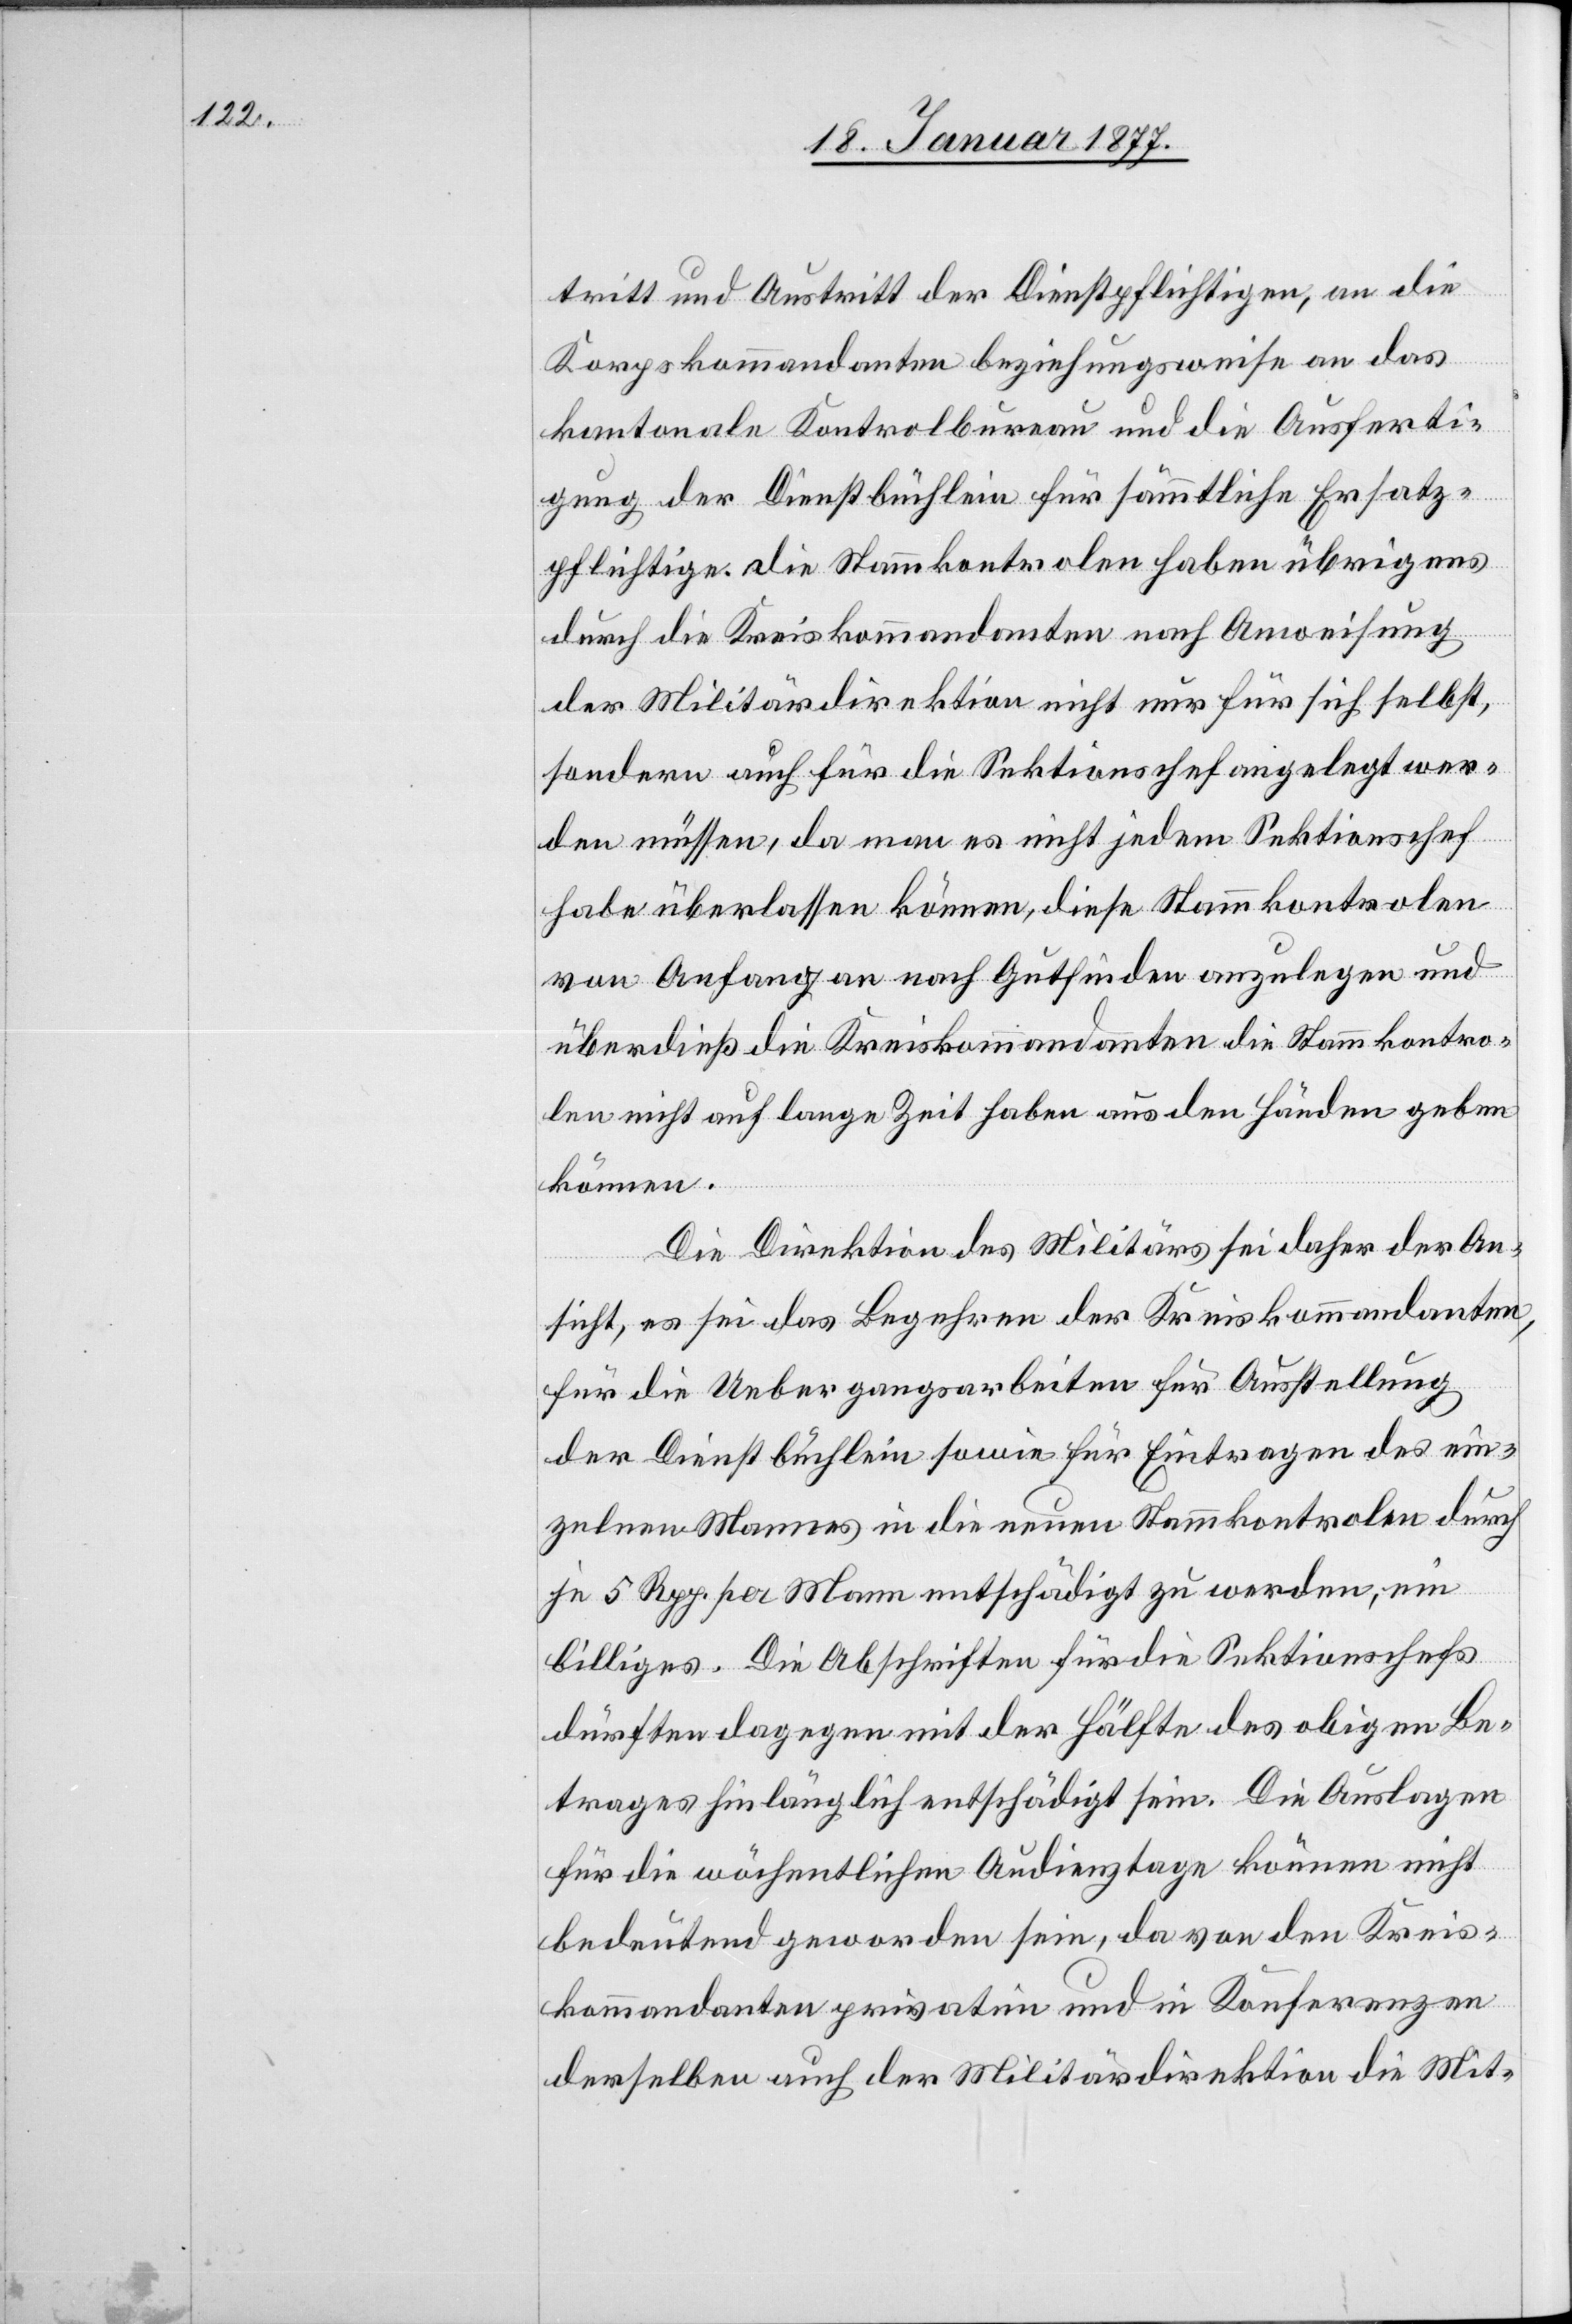
tritt und Austritt der Dienstpflichtigen, an die
Korpskommandanten beziehungsweise an das
kantonale Kontrolbureau und die Ausferti¬
gung der Dienstbüchlein für sämmtliche Ersatz¬
pflichtigen. Die Stammkontrolen haben übrigens
durch die Kreiskommandanten nach Anweisung
der Militärdirektion nicht nur für sich selbst,
sondern auch für die Sektionschef [sic!] angelegt wer¬
den müssen, da man es nicht jedem Sektionschef
habe überlassen können, diese Stammkontrolen
von Anfang an nach Gutfinden anzulegen und
überdieß die Kreiskommandanten die Stammkontro¬
len nicht auf lange Zeit haben aus den Händen geben
können.
Die Direktion des Militärs sei daher der An¬
sicht, es sei das Begehren der Kreiskommandanten,
für die Uebergangsarbeiten für Ausstellung
der Dienstbüchlein sowie für Eintragen des ein¬
zelnen Mannes in die neuen Stammkontrolen durch
je 5 Rpp. per Mann entschädigt zu werden, ein
billiges. Die Abschriften für die Sektionschefs
dürften dagegen mit der Hälfte des obigen Be¬
trages hinlänglich entschädigt sein. Die Auslagen
für die wöchentlichen Audienztage können nicht
bedeutend geworden sein, da von den Kreis¬
kommandanten privatim und in Konferenzen
derselben auch der Militärdirektion die Mit-